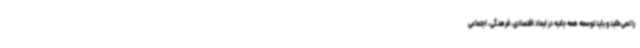
را نمی‌طلبد و باید توسعه همه جانبه در ابعاد اقتصادی، فرهنگی، اجتماعی